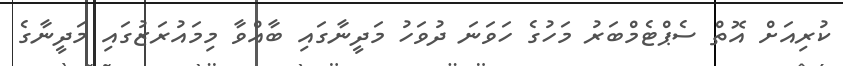
ކުރިއަށް އޮތް ސެޕްޓެމްބަރު މަހުގެ ހަވަނަ ދުވަހު މަދީނާގައި ބާއްވާ މިމައުރަޒުގައި މަދީނާގެ